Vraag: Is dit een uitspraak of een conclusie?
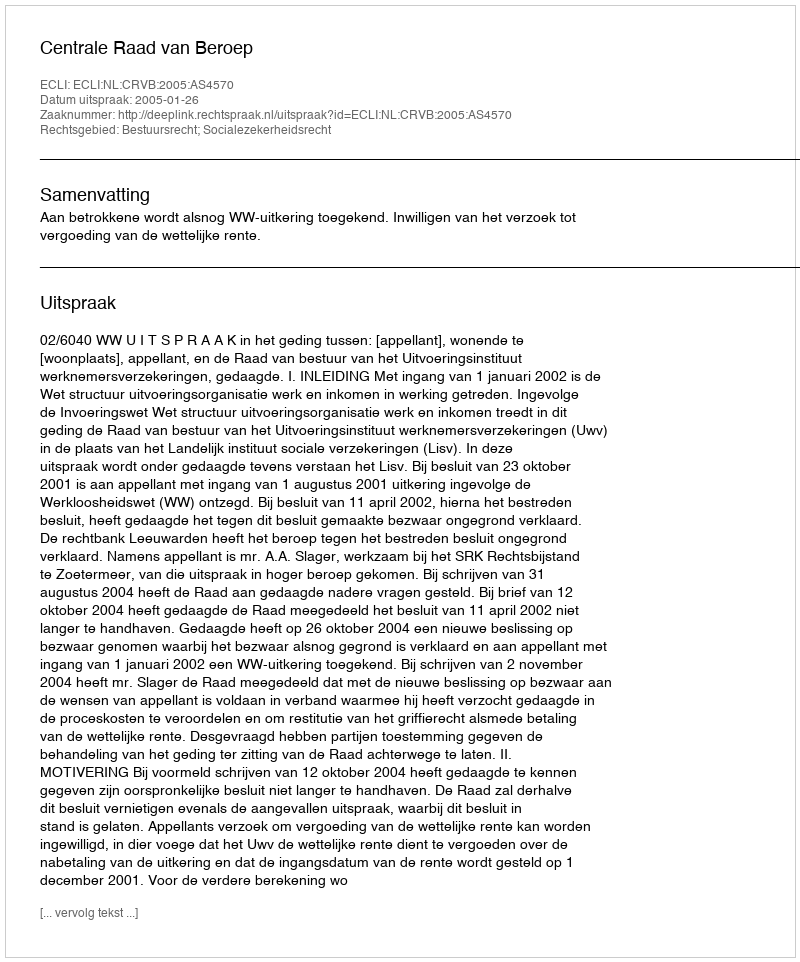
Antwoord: Uitspraak